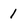
Character: 1